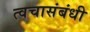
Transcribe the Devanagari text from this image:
त्वचासंबंधी